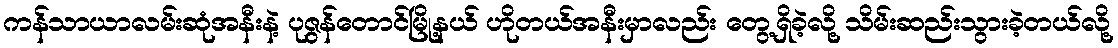
ကန်သာယာလမ်းဆုံအနီးနဲ့ ပုဇွန်တောင်မြို့နယ် ဟိုတယ်အနီးမှာလည်း တွေ့ရှိခဲ့လို့ သိမ်းဆည်းသွားခဲ့တယ်လို့